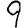
Digit: 9